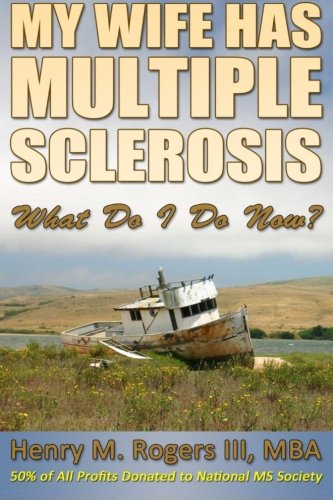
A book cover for My Wife Has Multiple Sclerosis: What Do I Do Now?; Mr. Henry/H Moore/M Rogers III; Health, Fitness & Dieting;